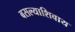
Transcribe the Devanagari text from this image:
बसल्याशिवाय